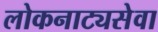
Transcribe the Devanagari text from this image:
लोकनाट्यसेवा